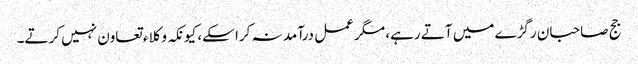
جج صاحبان رگڑے میں آتے رہے، مگر عمل درآمد نہ کرا سکے، کیونکہ وکلاء تعاون نہیں کرتے۔